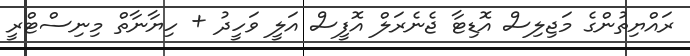
ރައްޔިތުންގެ މަޖިލިސް އޮޑިޓާ ޖެނެރަލް އޮފީސް އަލީ ވަހީދު + ހިޔާނާތް މިނިސްޓްރީ